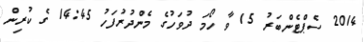
2014 ސެޕްޓެންބަރު 15 ވާ ހޯމަ ދުވަހުގެ މެންދުރުފަހު 14:45 ގެ ކުރިން